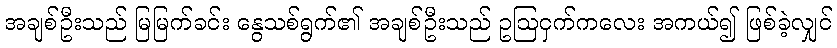
အချစ်ဦးသည် မြမြက်ခင်း နွေသစ်ရွက်၏ အချစ်ဦးသည် ဥဩငှက်ကလေး အကယ်၍ ဖြစ်ခဲ့လျှင်